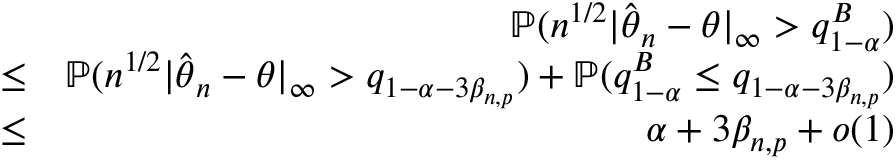
\begin{array} { r l r } & { } & { { \mathbb { P } } ( n ^ { 1 / 2 } | \hat { { \boldsymbol \theta } } _ { n } - { \boldsymbol \theta } | _ { \infty } > q _ { 1 - \alpha } ^ { B } ) } \\ & { \leq } & { { \mathbb { P } } ( n ^ { 1 / 2 } | \hat { { \boldsymbol \theta } } _ { n } - { \boldsymbol \theta } | _ { \infty } > q _ { 1 - \alpha - 3 \beta _ { n , p } } ) + { \mathbb { P } } ( q _ { 1 - \alpha } ^ { B } \leq q _ { 1 - \alpha - 3 \beta _ { n , p } } ) } \\ & { \leq } & { \alpha + 3 \beta _ { n , p } + o ( 1 ) } \end{array}